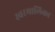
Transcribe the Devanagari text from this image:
स्वरमालिका